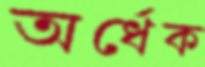
অর্ধেক